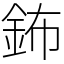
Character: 鈽